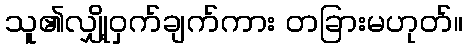
သူ၏လျှို့ဝှက်ချက်ကား တခြားမဟုတ်။